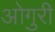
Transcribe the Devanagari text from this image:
ओगुरी